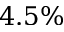
4 . 5 \%